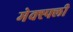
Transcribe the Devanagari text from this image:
मेक्स्फ्ली